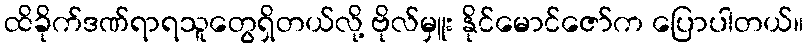
ထိခိုက်ဒဏ်ရာရသူတွေရှိတယ်လို့ ဗိုလ်မှူး နိုင်မောင်ဇော်က ပြောပါတယ်။